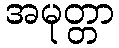
အမုတ္တာ